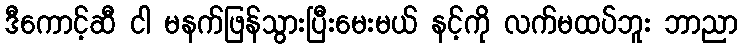
ဒီကောင့်ဆီ ငါ မနက်ဖြန်သွားပြီးမေးမယ် နင့်ကို လက်မထပ်ဘူး ဘာညာ